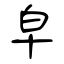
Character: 皁